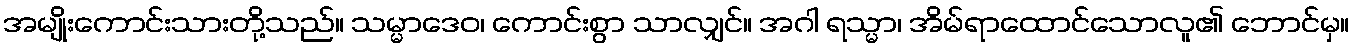
အမျိုးကောင်းသားတို့သည်။ သမ္မာဒေဝ၊ ကောင်းစွာ သာလျှင်။ အဂါ ရသ္မာ၊ အိမ်ရာထောင်သောလူ၏ ဘောင်မှ။